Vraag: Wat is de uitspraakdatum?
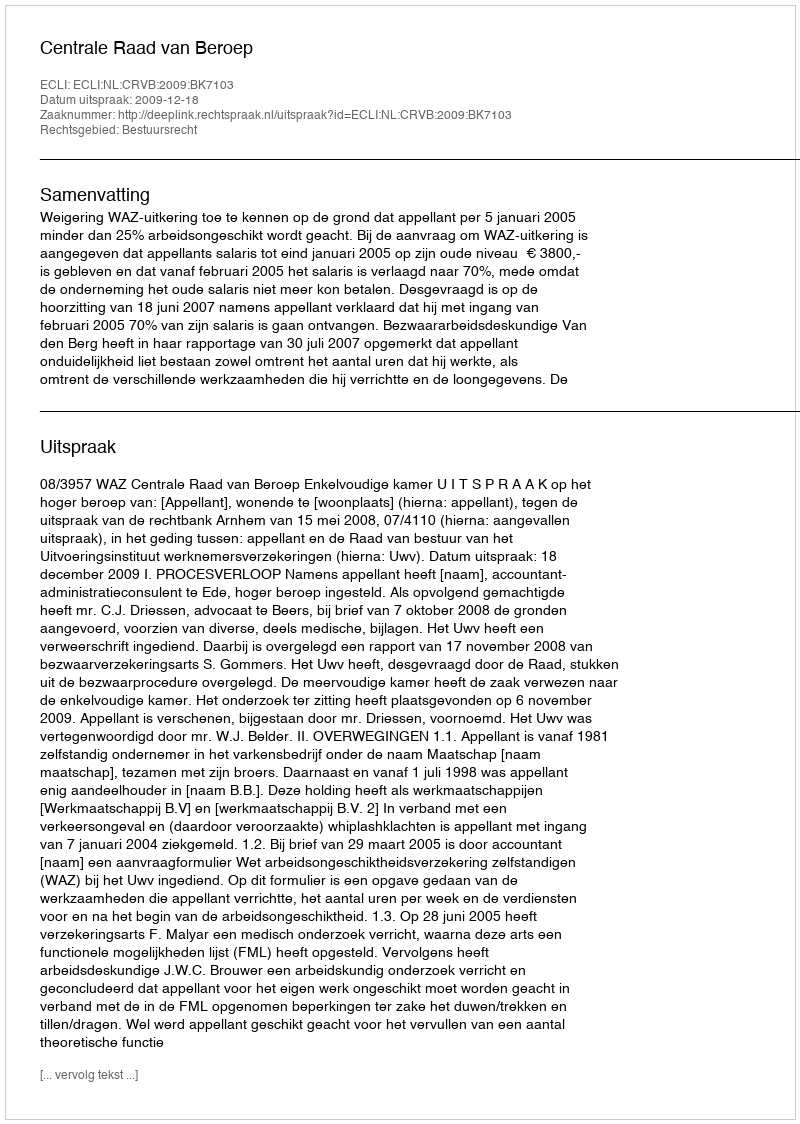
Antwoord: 2009-12-18